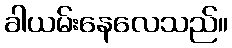
ခါယမ်းနေလေသည်။